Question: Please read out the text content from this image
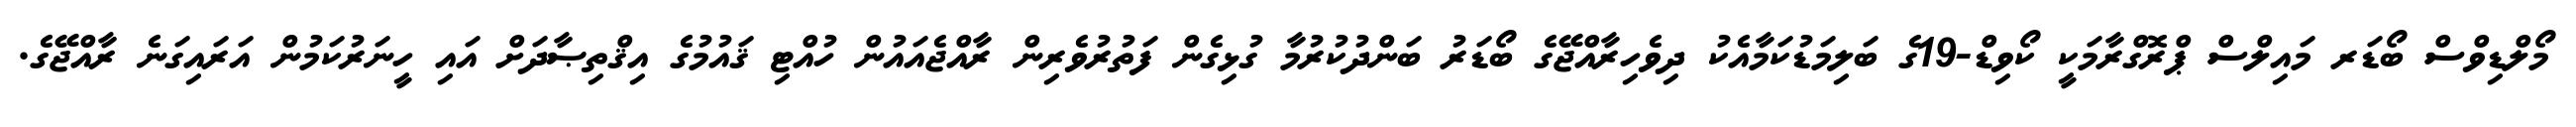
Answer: މޯލްޑިވްސް ބޯޑަރ މައިލްސް ޕްރޮގްރާމަކީ ކޯވިޑް-19ގެ ބަލިމަޑުކަމާއެކު ދިވެހިރާއްޖޭގެ ބޯޑަރު ބަންދުކުރުމާ ގުޅިގެން ފަތުރުވެރިން ރާއްޖެއައުން ހުއްޓި ޤައުމުގެ އިޤްތިޞާދަށް އައި ހީނަރުކަމުން އަރައިގަނެ ރާއްޖޭގެ.